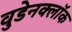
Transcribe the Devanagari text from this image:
वुडेनक्लॉक